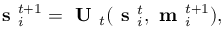
\textbf { s } _ { i } ^ { t + 1 } = \textbf { U } _ { t } ( \textbf { s } _ { i } ^ { t } , \textbf { m } _ { i } ^ { t + 1 } ) ,